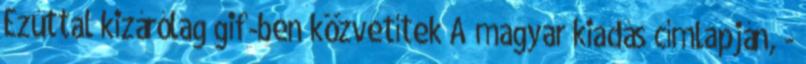
Ezúttal kizárólag gif-ben közvetítek A magyar kiadás címlapján, -